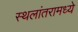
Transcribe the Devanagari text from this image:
स्थलांतरामध्ये